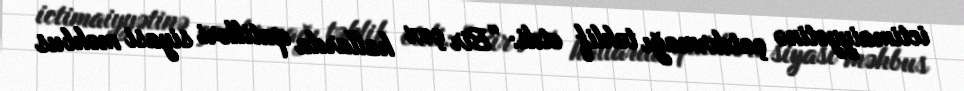
ictimaiyyətinə çatdırmağı təklif etdi: “Bir çox hallarda qatilləri siyasi məhbus